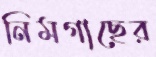
নিমগাছের